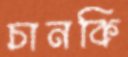
চানকি